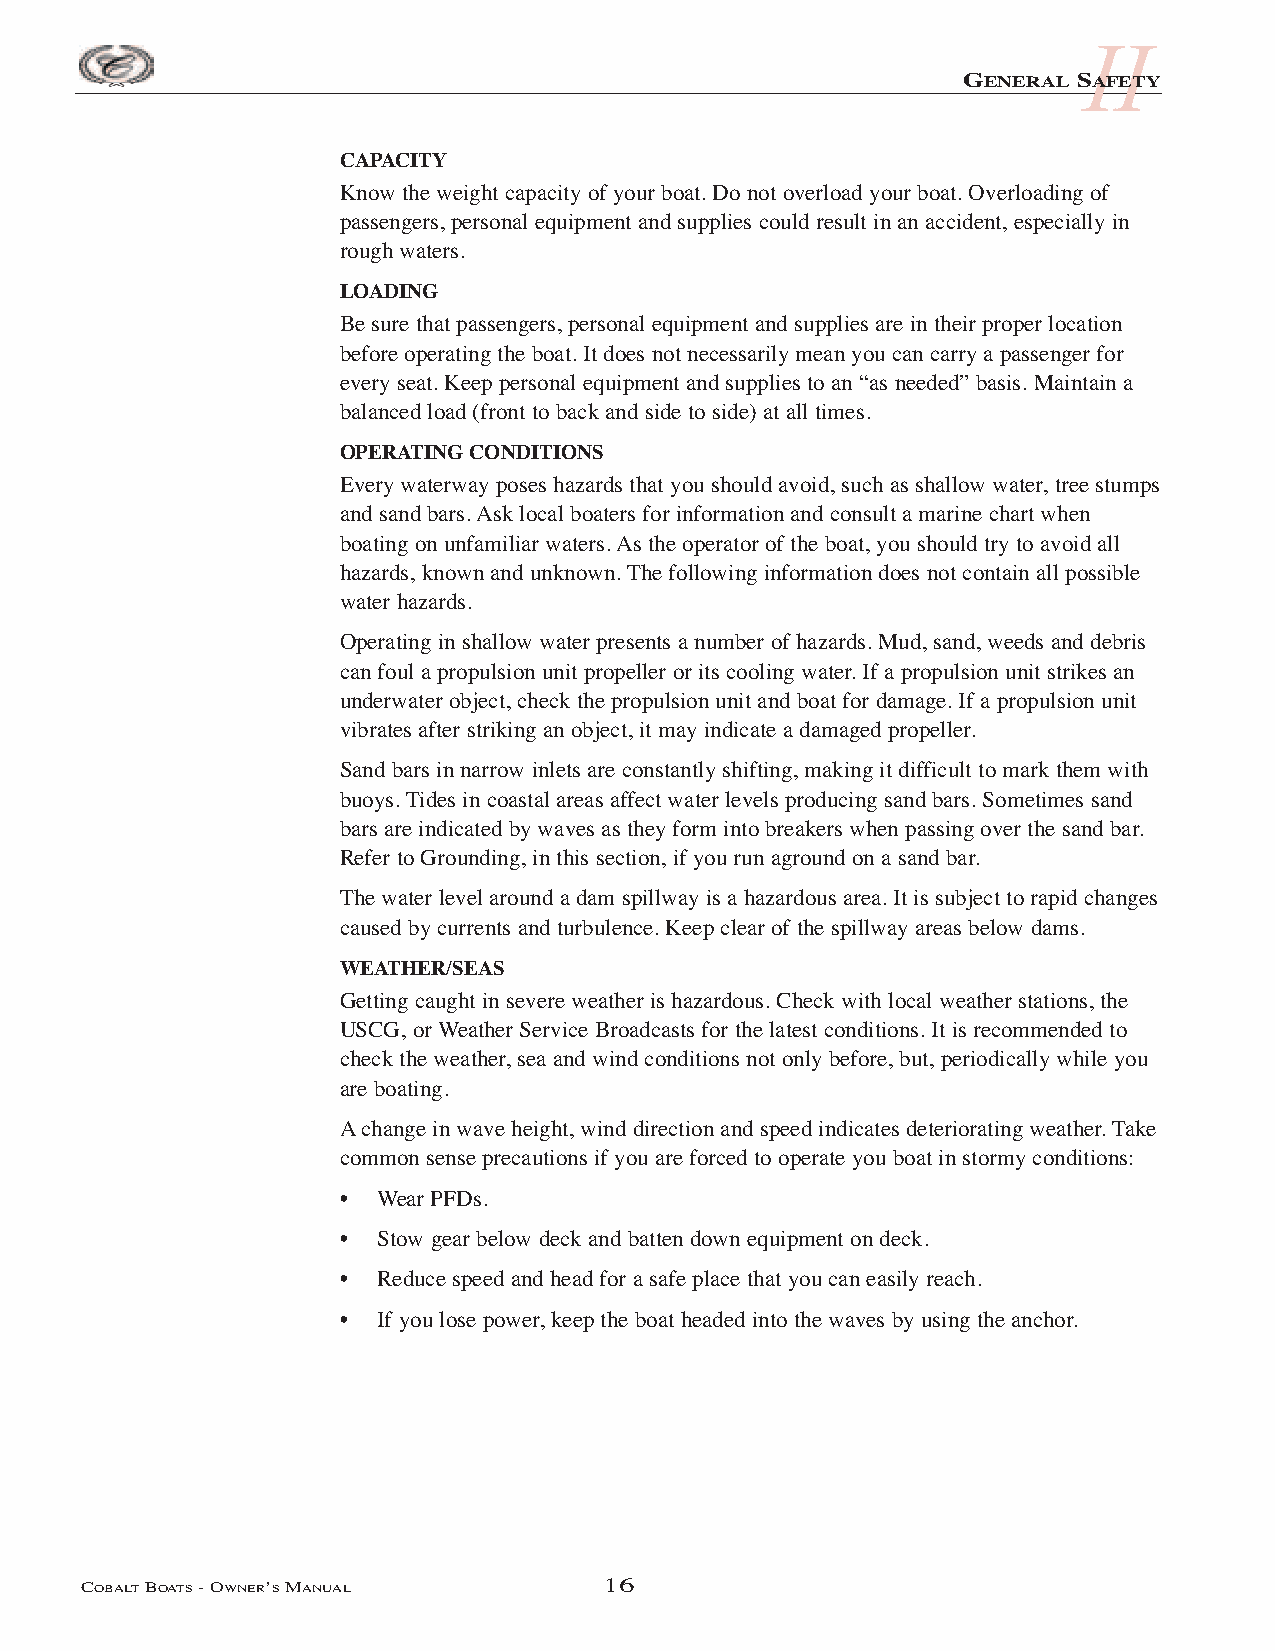
II
 GENERAL SAFETY
 CAPACITY
 Know the weight capacity of your boat. Do not overload your boat. Overloading of
 passengers, personal equipment and supplies could result in an accident, especially in
 rough waters.
 LOADING
 Be sure that passengers, personal equipment and supplies are in their proper location
 before operating the boat. It does not necessarily mean you can carry a passenger for
 every seat. Keep personal equipment and supplies to an “as needed” basis. Maintain a
 balanced load (front to back and side to side) at all times.
 OPERATING CONDITIONS
 Every waterway poses hazards that you should avoid, such as shallow water, tree stumps
 and sand bars. Ask local boaters for information and consult a marine chart when
 boating on unfamiliar waters. As the operator of the boat, you should try to avoid all
 hazards, known and unknown. The following information does not contain all possible
 water hazards.
 Operating in shallow water presents a number of hazards. Mud, sand, weeds and debris
 can foul a propulsion unit propeller or its cooling water. If a propulsion unit strikes an
 underwater object, check the propulsion unit and boat for damage. If a propulsion unit
 vibrates after striking an object, it may indicate a damaged propeller.
 Sand bars in narrow inlets are constantly shifting, making it difficult to mark them with
 buoys. Tides in coastal areas affect water levels producing sand bars. Sometimes sand
 bars are indicated by waves as they form into breakers when passing over the sand bar.
 Refer to Grounding, in this section, if you run aground on a sand bar.
 The water level around a dam spillway is a hazardous area. It is subject to rapid changes
 caused by currents and turbulence. Keep clear of the spillway areas below dams.
 WEATHER/SEAS
 Getting caught in severe weather is hazardous. Check with local weather stations, the
 USCG, or Weather Service Broadcasts for the latest conditions. It is recommended to
 check the weather, sea and wind conditions not only before, but, periodically while you
 are boating.
 Achange in wave height, wind direction and speed indicates deteriorating weather. Take
 common sense precautions if you are forced to operate you boat in stormy conditions:
 •  Wear PFDs.
 •  Stow gear below deck and batten down equipment on deck.
 •  Reduce speed and head for a safe place that you can easily reach.
 •  If you lose power, keep the boat headed into the waves by using the anchor.
 COBALTBOATS- OWNER’SMANUAL         16